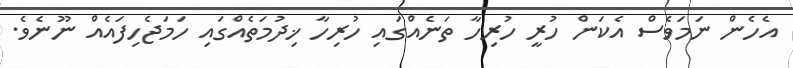
އެހެން ނަމަވެސް އެކަން ހުރީ ހުރިހާ ތަނެއްގައި ހުރިހާ ޚިދުމަތެއްގައި ހަމަޖެހިފައެއް ނޫނެވެ.